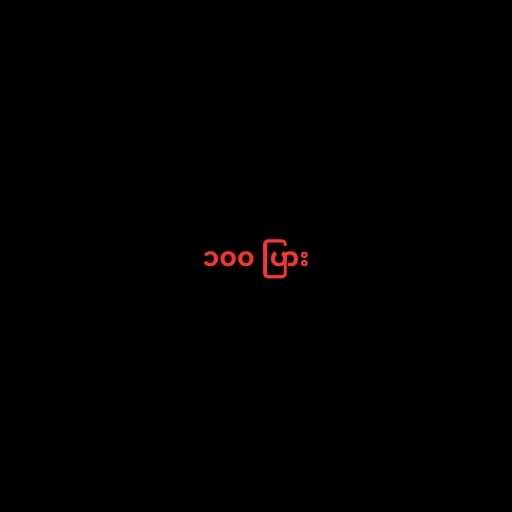
၁၀၀ ပြား